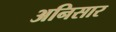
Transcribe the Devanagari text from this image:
अनिसार